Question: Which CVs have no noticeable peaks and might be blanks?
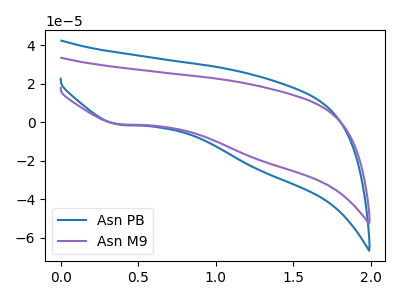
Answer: <think>The blue curve "Asn PB" has a cathodic peak at: (0.40V, -1.20uA). The purple curve "Asn M9" has a cathodic peak at: (0.40V, -0.95uA).</think>
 <answer>There are not any CV's on this graph that are likely to be blanks.</answer>
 <eval>none</eval>